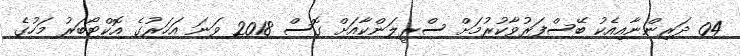
04 ދަރިންނާއިއެކު ބޭސްފަރުވާކުރުމަށް ސްރީލަންކާއަށް ގޮސް 2018 ވަނަ އަހަރުގެ އޮކްޓޯބަރު މަހުގެ